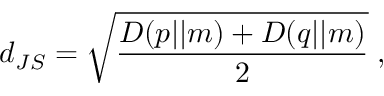
d _ { J S } = \sqrt { \frac { D ( p | | m ) + D ( q | | m ) } { 2 } } \; ,